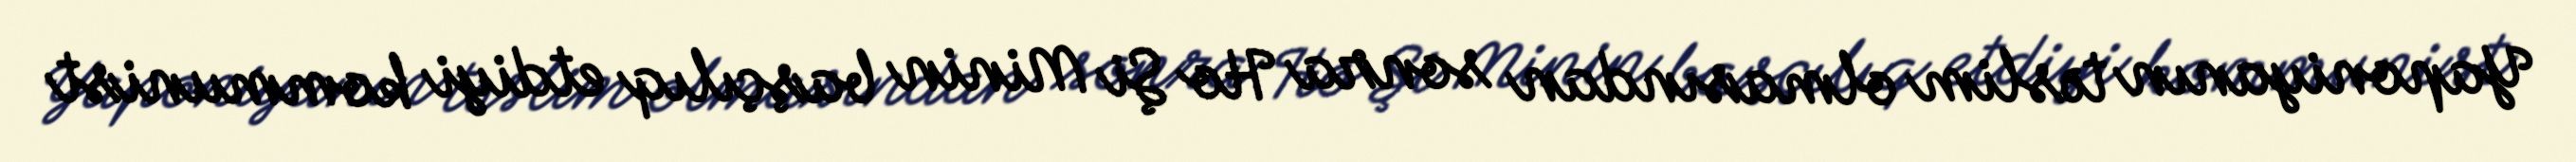
Yaponiyanın təslim olmasından sonra Ho Şi Minin başçılıq etdiyi kommunist